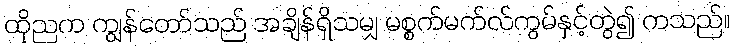
ထိုညက ကျွန်တော်သည် အချိန်ရှိသမျှ မစ္စက်မက်လ်ကွမ်နှင့်တွဲ၍ ကသည်။